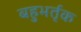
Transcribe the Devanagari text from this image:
बहुभर्तृक